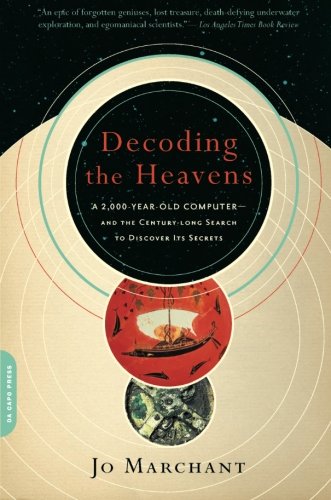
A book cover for Decoding the Heavens: A 2,000-Year-Old Computer--and the Century-long Search to Discover Its Secrets; Jo Marchant; Computers & Technology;